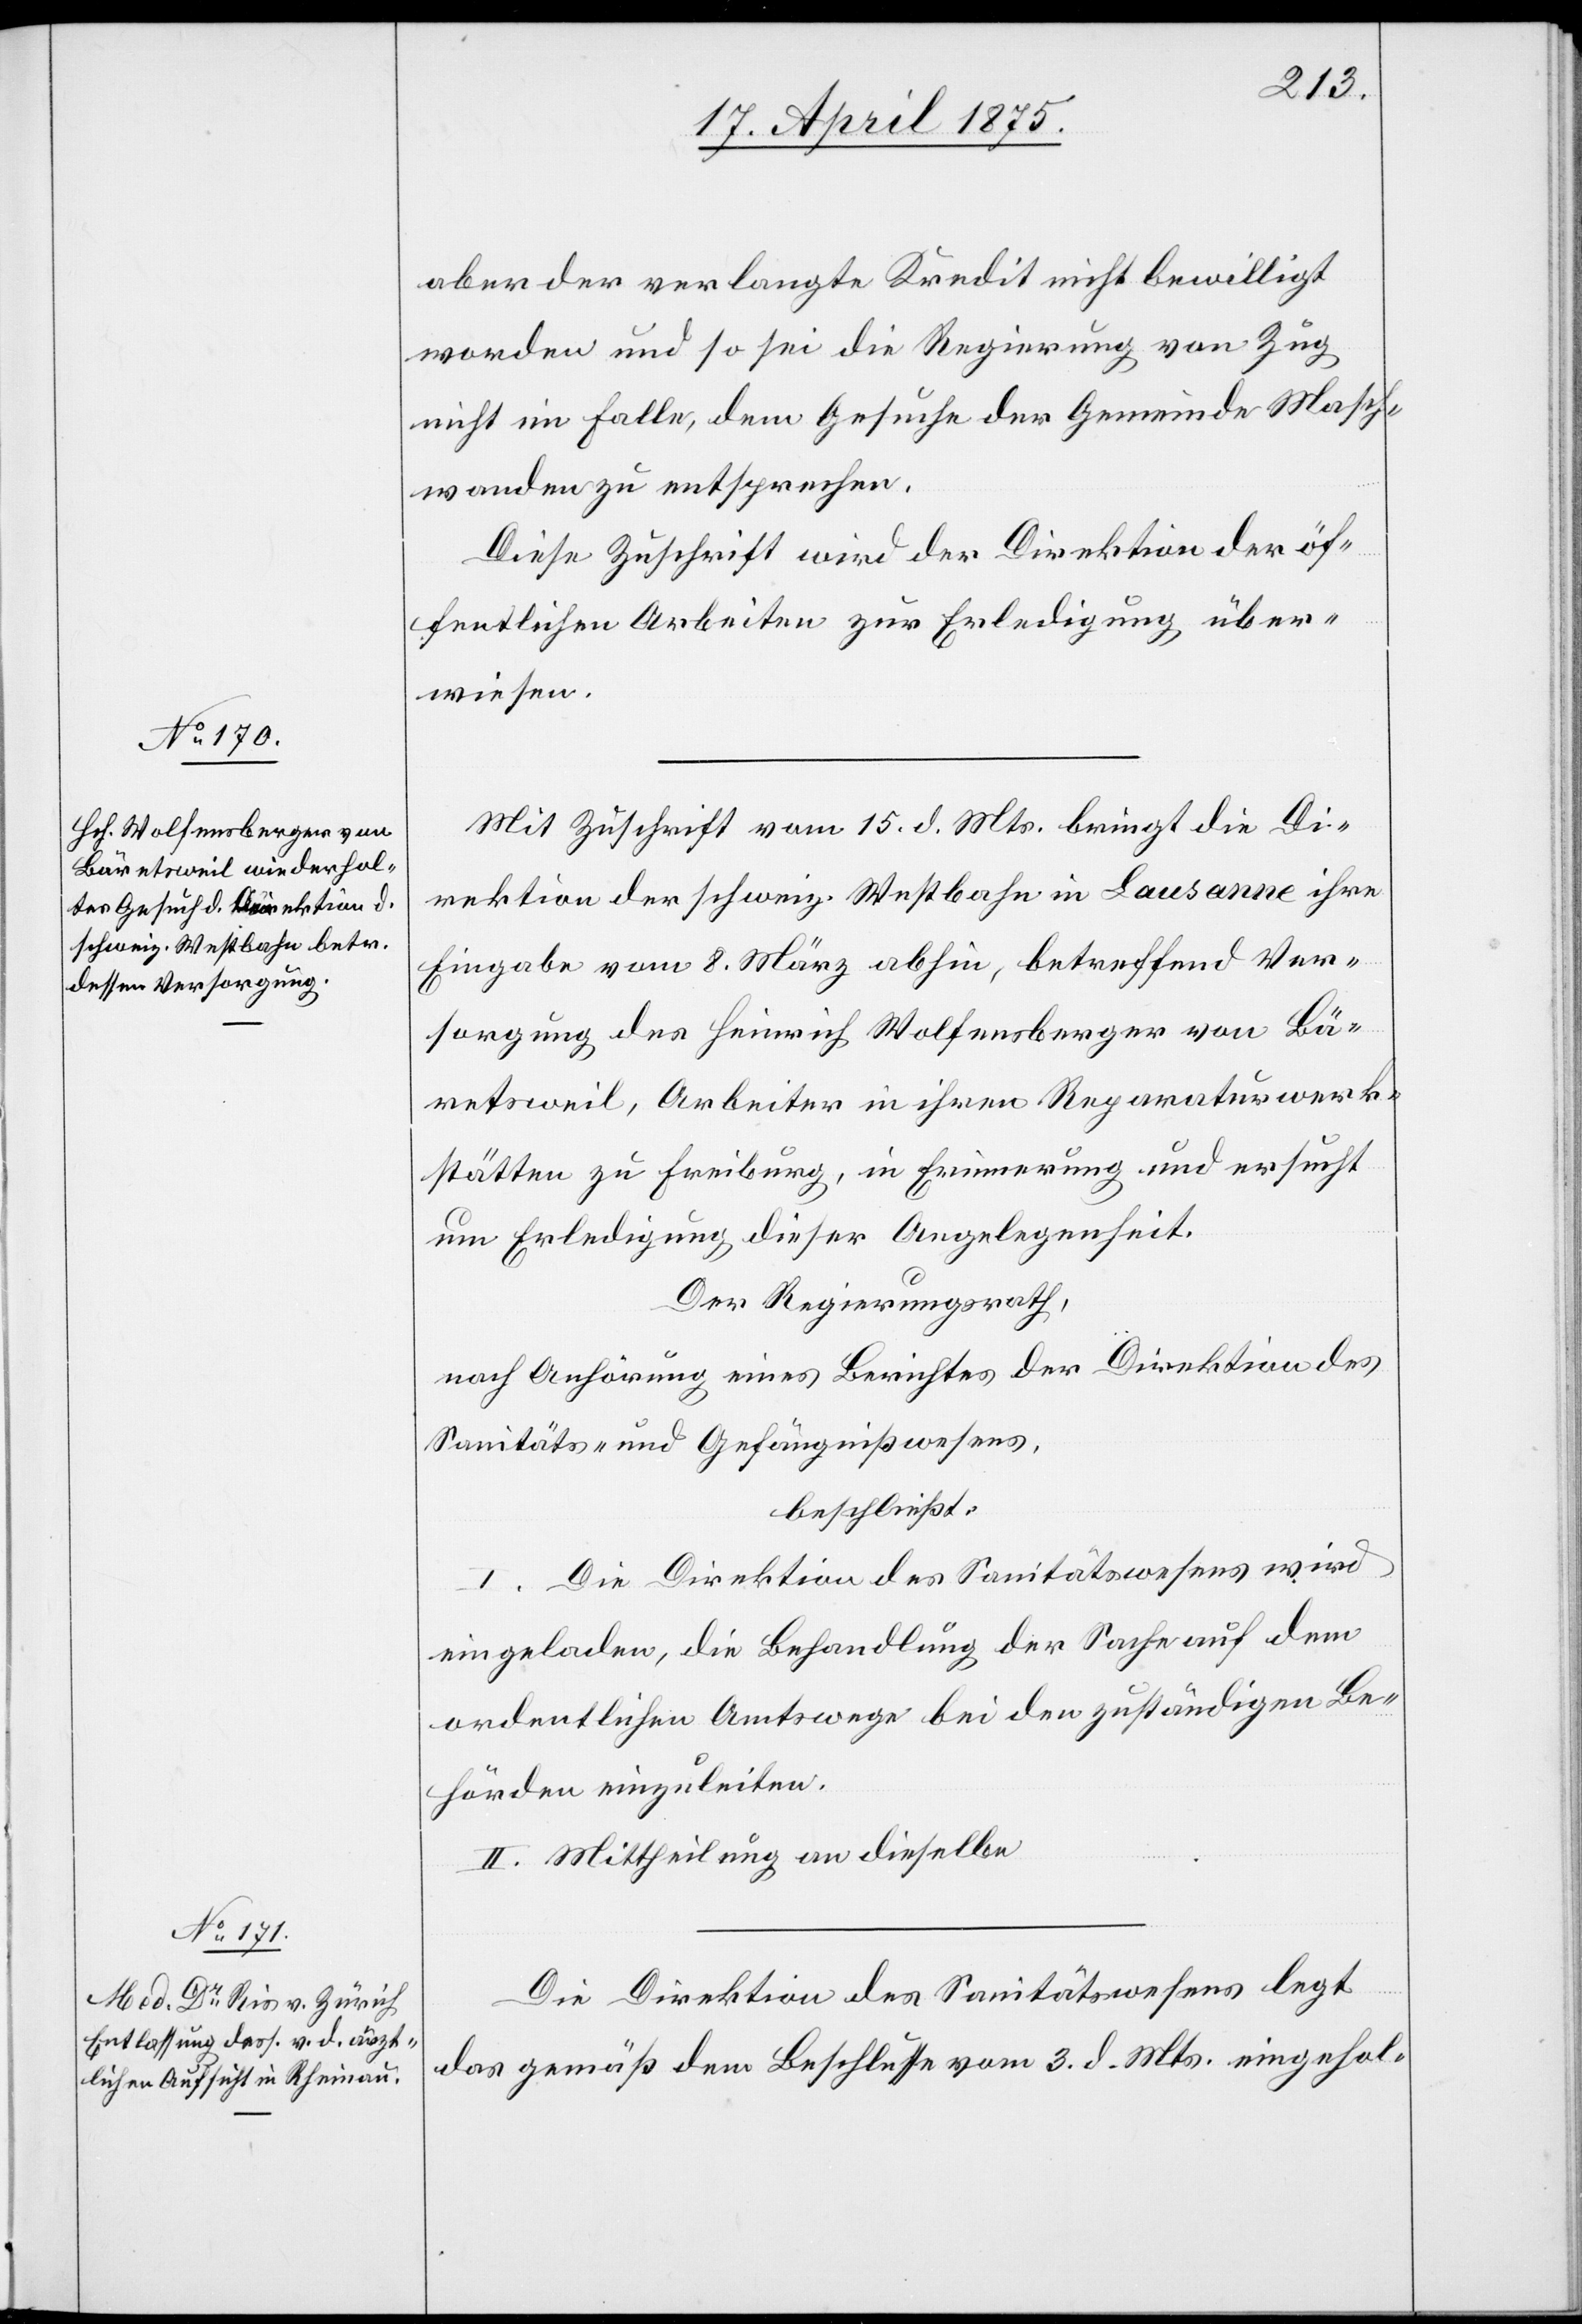
aber der verlangte Kredit nicht bewilligt
worden und so sei die Regierung von Zug
nicht im Falle, dem Gesuche der Gemeinde Masch¬
wanden zu entsprechen.
Diese Zuschrift wird der Direktion der öf¬
fentlichen Arbeit zur Erledigung über¬
weisen.
Mit Zuschrift vom 15. d. Mts. bringt die Di¬
rektion der schweiz. Westbahn in Lausanne ihre
Eingabe vom 8. März abhin, betreffend Ver¬
sorgung des Heinrich Wolfensberger von Bä¬
retsweil, Arbeiter in ihren Reparaturwerk¬
stätten zu Freiburg, in Erinnerung und ersucht
um Erledigung dieser Angelegenheit.
Der Regierungsrath,
nach Anhörung eines Berichtes der Direktion des
Sanitäts- und Gefängnißwesens,
beschließt:
I. Die Direktion des Sanitätswesens wird
eingeladen, die Behandlung der Sache auf dem
ordentlichen Amtswege bei den zuständigen Be¬
hörden einzuleiten.
II. Mittheilung an dieselbe.
Die Direktion des Sanitätswesens legt
das gemäß dem Beschlusse vom 3. d. Mts. eingehol-